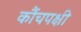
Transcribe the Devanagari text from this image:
कौंचपक्षी